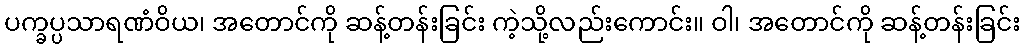
ပက္ခပ္ပသာရဏံဝိယ၊ အတောင်ကို ဆန့်တန်းခြင်း ကဲ့သို့လည်းကောင်း။ ဝါ၊ အတောင်ကို ဆန့်တန်းခြင်း